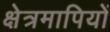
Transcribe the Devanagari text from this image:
क्षेत्रमापियों